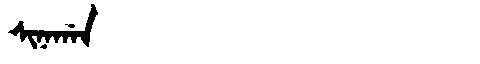
Manchu: ᠰᡳᠨᠠᡤᠠᠨ
Romanization: SINAGAN